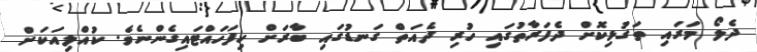
ދެލޯ މަރައި ތަގުޅިކޮށް ދެފަރާތުގައި ހުރި ދެއަތް ގަނޑުގައި ބާރަށް ހިފަހައްޓައިގެންނެވެ. ކުއްލިއަކަށް